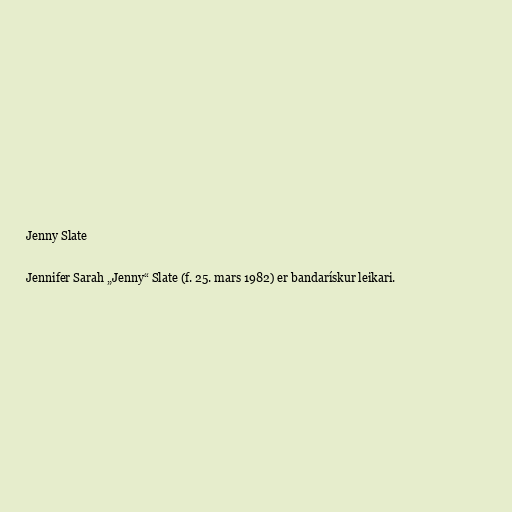
Jenny Slate

Jennifer Sarah „Jenny“ Slate (f. 25. mars 1982) er bandarískur leikari.